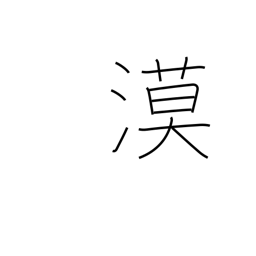
Meaning: desert